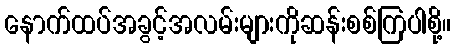
နောက်ထပ်အခွင့်အလမ်းများကိုဆန်းစစ်ကြပါစို့။